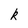
Character: k